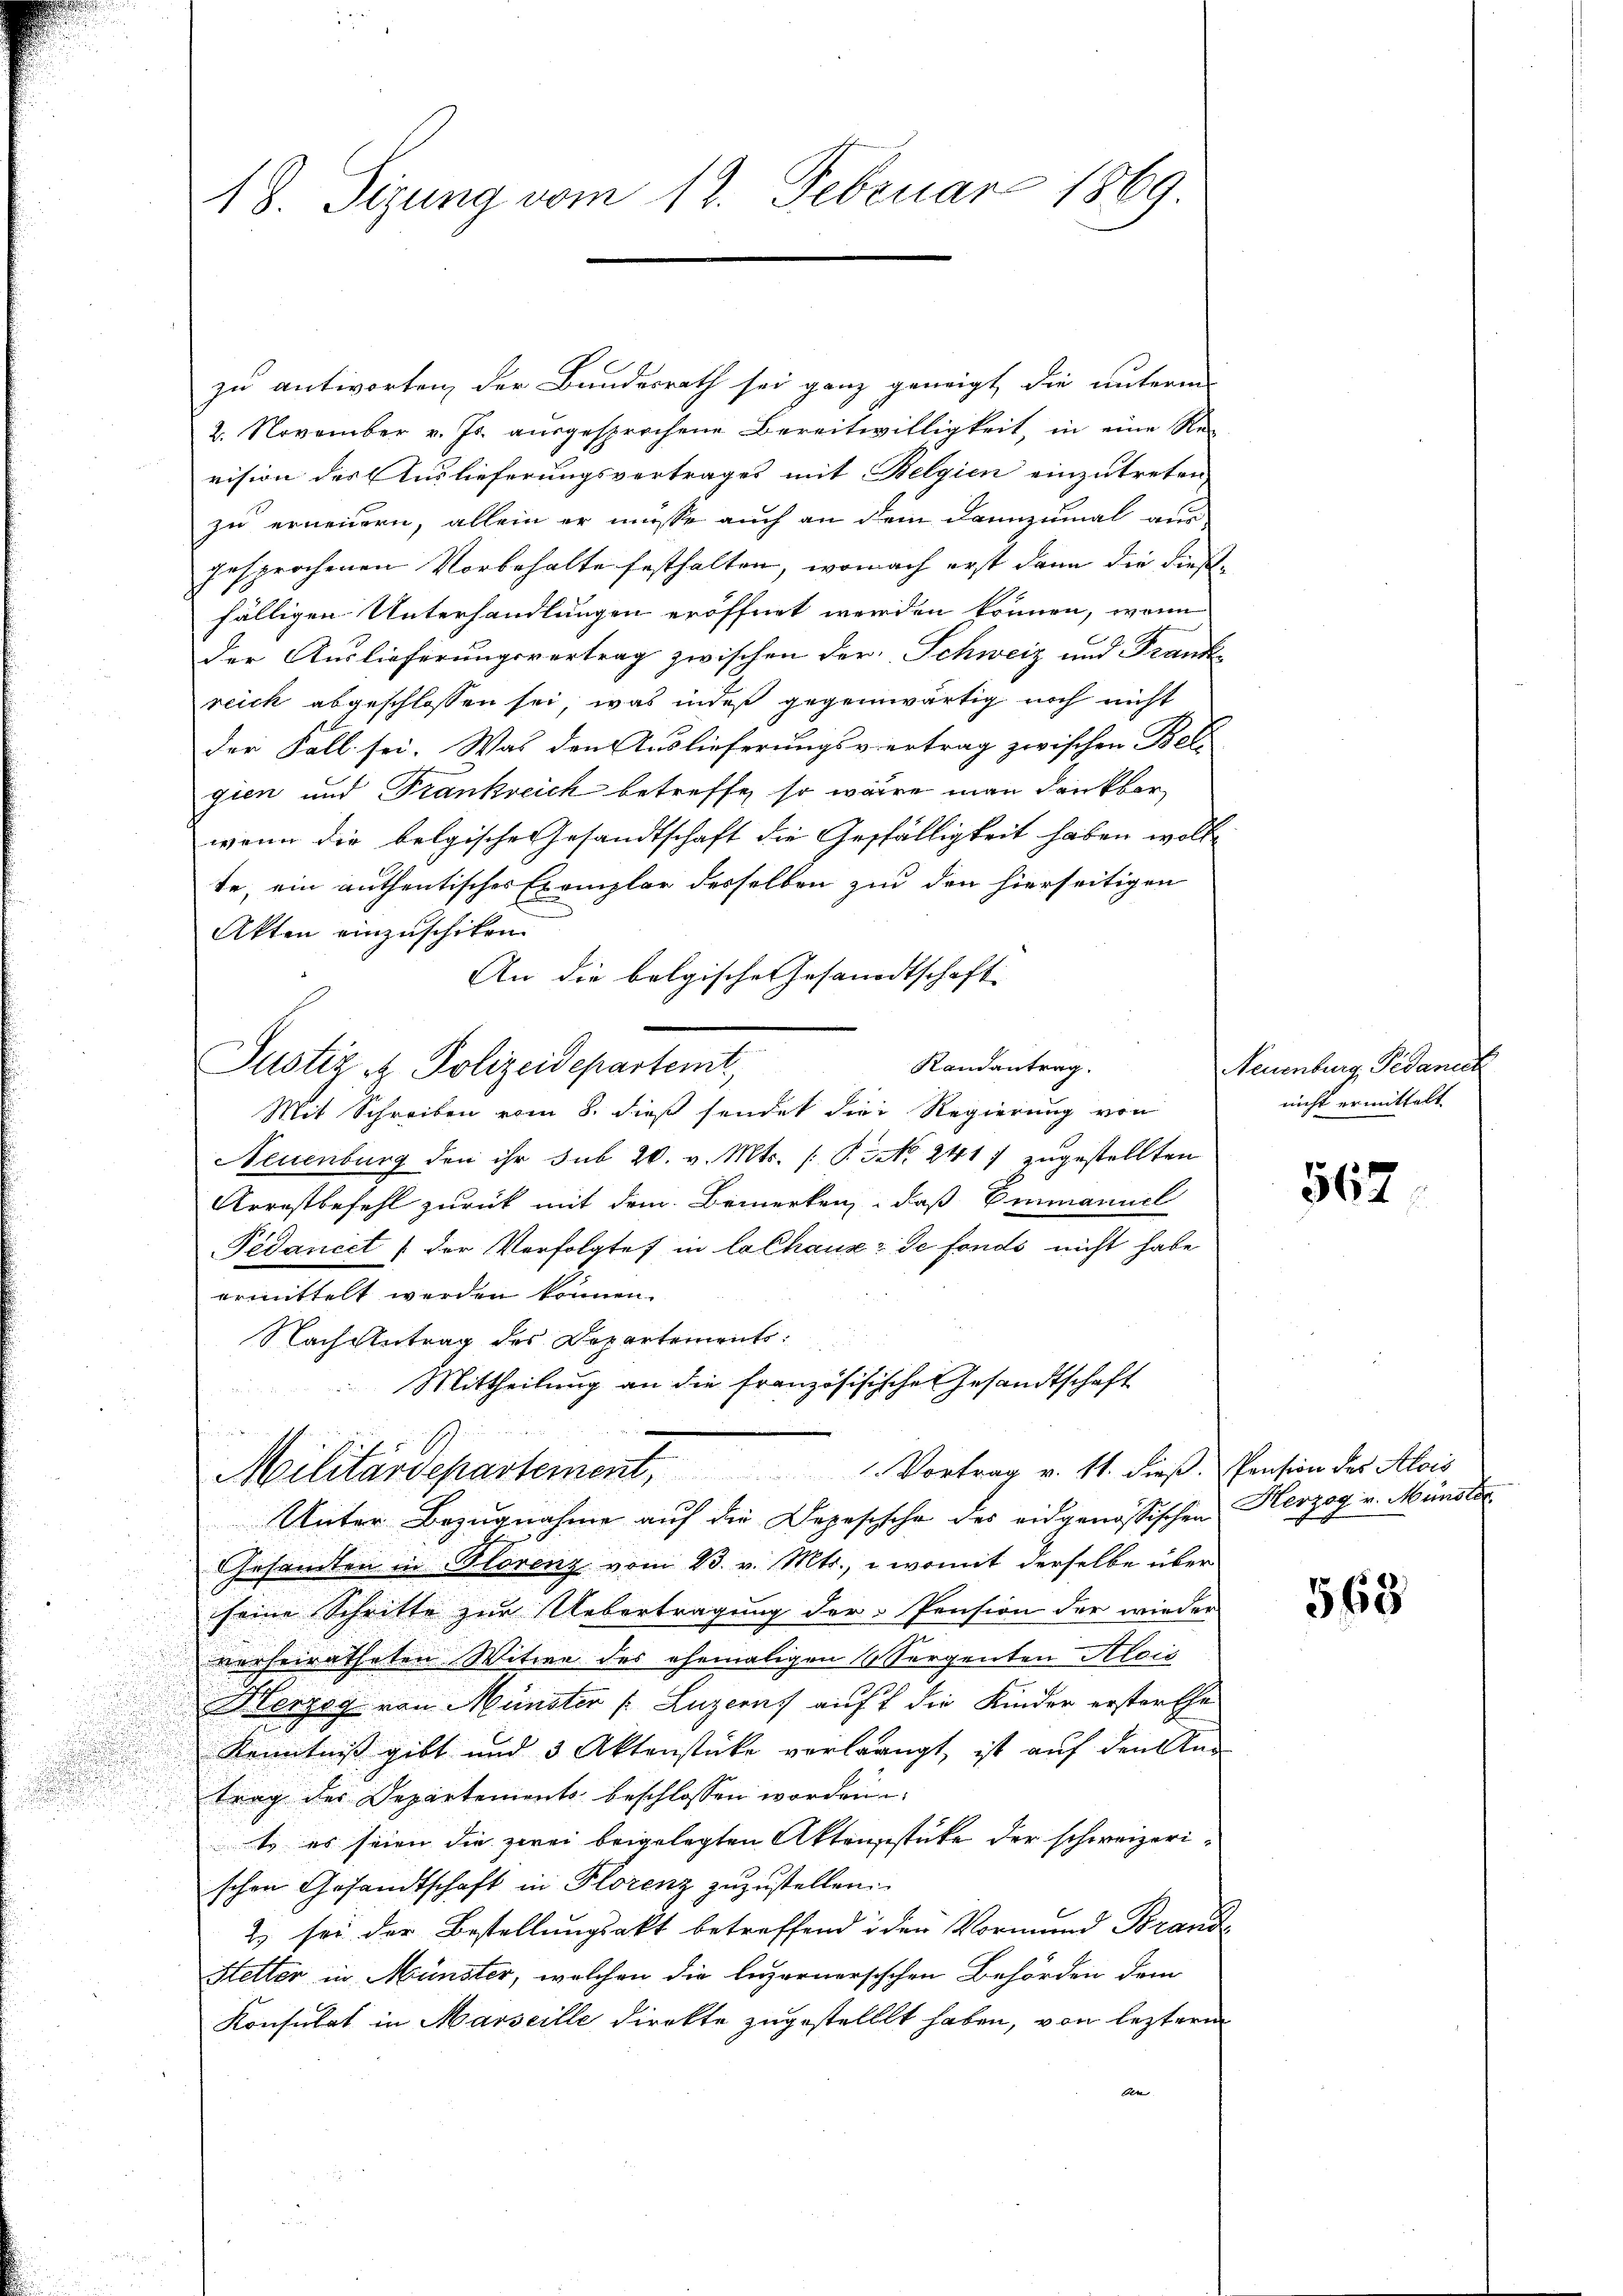
i
u

18. Sizung vom 13. Februar 1869.

zu antworten der Bundesrath sei ganz geneigt, die unterm
2. November v. Js. ausgesprochene Bereitwilligkeit, in eine Reg
vision des Auslieferungsvertrages mit Belgien einzutreten,
zu erneuern, allein er müsse auch an dem Dannzumal aus
gesprochenen Vorbehalte festhalten, wonach erst dann die dieselfälligen Unterhandlungen eröffnet werden können, wenn
Der Auslieferungsvertrag zwischen der. Schweiz und Frank
reich abgeschlossen sei, was indeß gegenwärtig noch nicht
der Fall sei. Was den Auslieferungsvertrag zwischen Bel-
gien und Trankreich betreffe, so wäre man dankbar
wenn die belgische Gesandtschaft die Gesfälligkeit haben wolle
te, ein authentisches Exemplar desselben zu den hierseitigen
Akten einzuschiken.
An die belgische Gesandtschaft
Randantrag.
Justiz & Polizeidepartemt,
Mit Schreiben vom 8. dieß sendet die Regierung von
Neuenburg den ihr sub 20. v. Mts. (T. S. 241 7 zugestellten
Arrestbefehl zurück mit dem Bemerken, daß Emanuel
Pedaniel (der Verfolgtes in lalhause de fonds nicht habe
ermittelt werden können.
Nach Antrag des Departements
Mittheilung an die französisischen Gesandtschaft

Militärdepartement, Vortrag v. 11. dieß Pension des Alois
Unter Bezugnahme aŭf die Depesische des eidgenössischen Herzog u. Münster

Gesandten in Florenz vom 23. v. Mts., womit derselbe über
seine Schritte zur Uebertragung der Pension der wieder
verheiratheten Witwe des ehemaligen 4 Sorgenten Aloić
Herzog von Münster (Luzern, auf die Kinder ersterthe
Kenntniß gibt und 3 Aktenstücke verlangt, ist auf den an
trag des Departements beschlossen worden
te es seien die zwei beigelegten Aktensstüke der schweizerischen Gesandtschaft in Florenz zuzustellen.
2) sei der Bestellungsakt betreffend iden Vormund Brand¬
Hetter in Münster, welchen die luzernersichen Behörden dem
Konsulat in Marseille direkte zugestellt haben, von leztere
ben

Neuenburg Pedanech
nicht ermittelt

567.

568